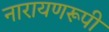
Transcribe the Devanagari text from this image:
नारायणरूपी